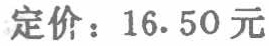
定价：16.50元